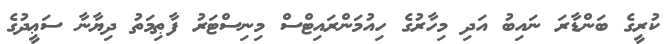
ކުރީގެ ބަންޑާރަ ނައިބު އަދި މިހާރުގެ ހިއުމަންރައިޓްސް މިނިސްޓަރު ފާޠިމަތު ދިޔާނާ ސަޢީދުގެ